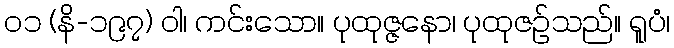
၀၁ (နိ-၁၉၇) ဝါ၊ ကင်းသော။ ပုထုဇ္ဇနော၊ ပုထုဇဉ်သည်။ ရူပံ၊